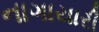
નાગાયારી